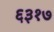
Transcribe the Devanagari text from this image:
६३१७